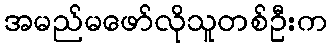
အမည်မဖော်လိုသူတစ်ဦးက